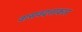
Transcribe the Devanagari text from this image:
वासवदत्ताकार